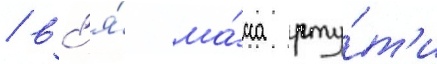
/ вс'я́ ма́сса рту́т'и